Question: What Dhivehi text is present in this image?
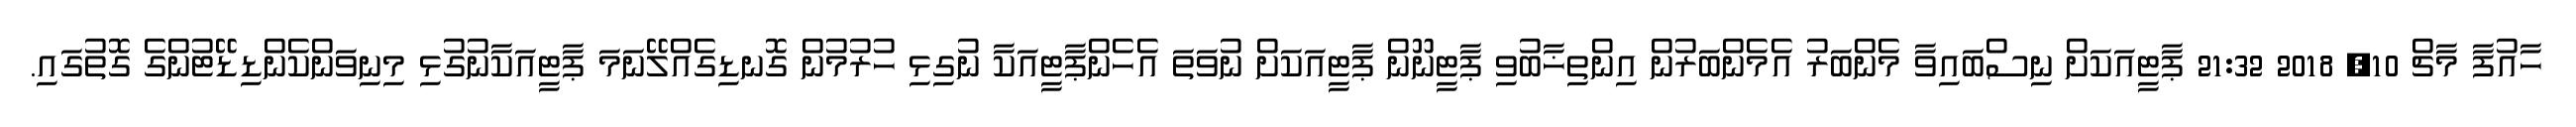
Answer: ހާއުފާ މާޗް 10, 2018 21:32 ޕާޓީއަކަށް ނިސްބައިވާ މެންބަރު އެމެންބަރުން އިންތިޚާބުވި ޕާޓީނޫން ޕާޓީއަކަށް ނުވަތަ އެހެންޕާޓީއަކާ ނުގިޅި ހުރުމުން ގޮނޑިގެއްލޭނަމަ ޕާޓީއަކާނުގުޅި މިނިވަންކެންޑިޑޭޓުންގެ ގޮތުގައި.